system: You are a helpful assistant.
user:
Analyze the provided spectrum to determine if it is a **Carbon Star (C-type)**.

- **Key Visual Indicators of Carbon Star:**
    - **(Primary):** Strong molecular absorption from **C₂ (diatomic carbon) "Swan Bands."** This is the **defining feature** of a carbon star.
        - **(Key Bandheads):** Sharp absorption edges are visible at approximately $5635$ Å, $5165$ Å (the strongest band), and $4737$ Å.
        - **(Line Profile):** Creates a distinct **"saw-tooth"** pattern. The key morphology is a sharp, steep bandhead on the **red (long-wavelength) side**, which then gradually tapers off (i.e., flux recovers) towards the **blue (short-wavelength) side**. *(This is the direct opposite of the TiO bands seen in M-type stars)*.

    - **(Secondary):** Intense **CN (cyanogen)** molecular absorption bands.
        - **(Key Bandheads):** Located in the blue and violet regions of the spectrum (e.g., near $4215$ Å and $3883$ Å).
        - **(Morphology):** These bands are extremely broad and act as a "blanket," absorbing the vast majority of blue and violet light. This creates a characteristic **"cliff"** or **"steep drop-off"** in the spectrum's flux at short wavelengths.

    - **(Key Confirmation):** Strong **CH absorption band (G-band)**.
        - **(Key Bandhead):** Located around $4300$ Å. The contribution from CH molecules to this band is exceptionally strong.

    - **(Overall Spectrum):**
        - The continuum is severely "chopped up" by these deep molecular bands, especially C₂, rather than appearing as a smooth curve.
        - Due to the heavy CN and C₂ absorption in the blue-green, the vast majority of the star's flux is concentrated in the red part of the spectrum, giving the star its characteristic deep red color.

Think first, call **spectral_visualization_tool** if needed to examine features in detail, then provide your final answer. Your response must adhere to the following strict rules:
1.  **Overall Structure:** Your response must follow the format `<think>...</think> <tool_call>...</tool_call> (if a tool is used) <answer>...</answer>`.
2.  **Tool Usage Constraint:** You may only make **one** tool call per turn.
3.  **Final Answer Format:** In the `<answer>` tag, your conclusion must be inside a `\boxed{}` command (e.g., `\boxed{YES}`), followed by your justification.

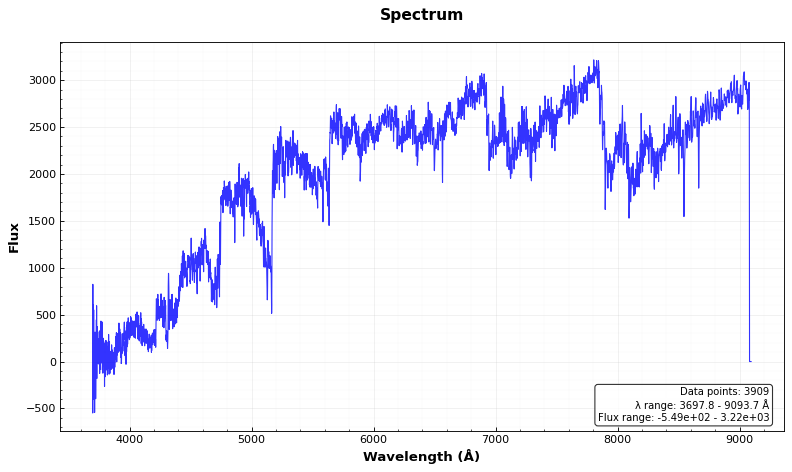
Answer: YES